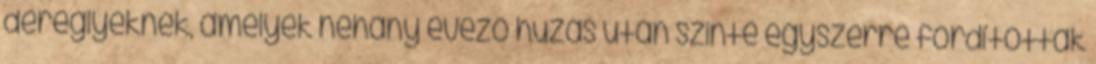
dereglyéknek, amelyek néhány evező húzás után szinte egyszerre fordították